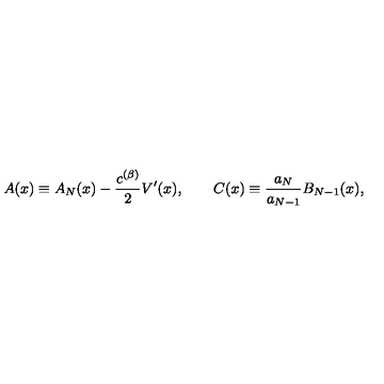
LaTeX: A ( x ) \equiv A _ { N } ( x ) - \frac { c ^ { ( \beta ) } } { 2 } V ^ { \prime } ( x ) , \qquad C ( x ) \equiv \frac { a _ { N } } { a _ { N - 1 } } B _ { N - 1 } ( x ) ,